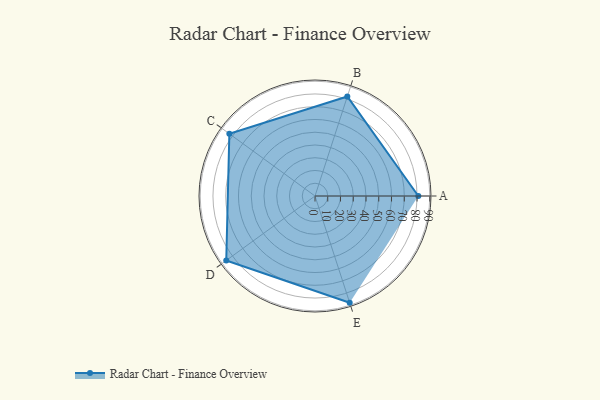
{"axis": {"x": "Skill", "y": "Score"}, "legend": ["Profile"], "data": [{"x": "A", "y": 81.0, "type": "Profile"}, {"x": "B", "y": 82.0, "type": "Profile"}, {"x": "C", "y": 83.0, "type": "Profile"}, {"x": "D", "y": 86.0, "type": "Profile"}, {"x": "E", "y": 88.0, "type": "Profile"}]}